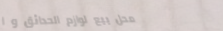
محل بيع لوازم الحدائق و ا